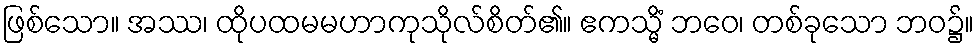
ဖြစ်သော။ အဿ၊ ထိုပထမမဟာကုသိုလ်စိတ်၏။ ဧကသ္မိံ ဘဝေ၊ တစ်ခုသော ဘဝ၌။